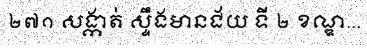
២៧១ សង្កាត់ ស្ទឹងមានជ័យ ទី ២ ខណ្ឌ...